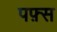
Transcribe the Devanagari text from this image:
पफ़्स